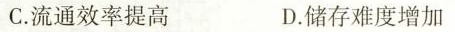
C.流通效率提高 D.储存难度增加